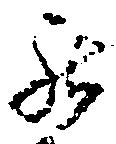
罷